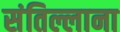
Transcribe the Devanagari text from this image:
संतिल्लाना